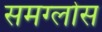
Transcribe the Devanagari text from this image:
समग्लोस